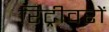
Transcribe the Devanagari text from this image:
रिट्रीवरों